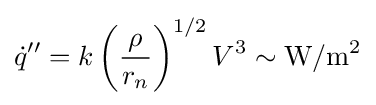
{\dot {q}}''=k\left({\frac {\rho }{r_{n}}}\right)^{1/2}V^{3}\sim {\text{W}}/{\text{m}}^{2}